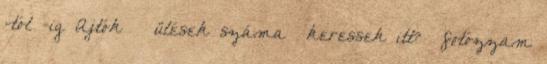
-tól -ig Ajtók ülések száma ›keressek itt? ›fotózzam